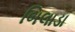
બિલાડા